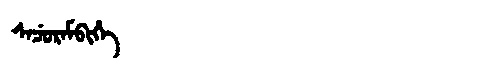
Manchu: ᠰᠠᠴᡠᡵᠠᠮᠪᡳᡥᡝ
Romanization: SACURAMBIHE